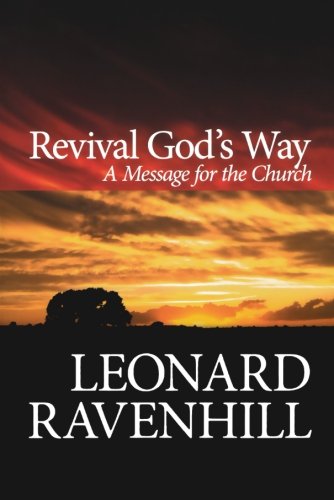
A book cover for Revival God's Way: A Message for the Church; Leonard Ravenhill; Christian Books & Bibles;